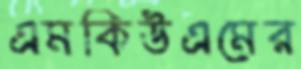
এমকিউএমের